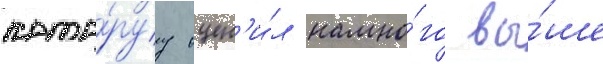
кото́руу оцен'и́л намно́го вы́ше